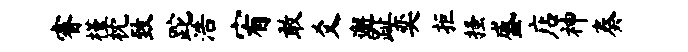
睿槿枕致跎浩宥敢爻邂趾奕拒搔盛店神奏